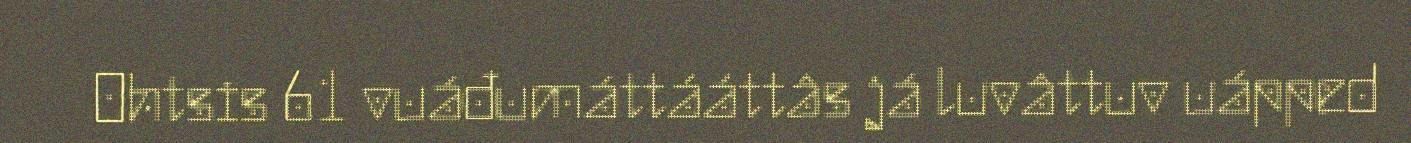
Ohtsis 61 vuáđumáttááttâs já luvâttuv uápped